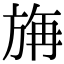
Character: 㫋